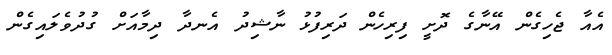
އެއާ ޖެހިގެން އޭނާގެ ދޮށީ ފިރިހެން ދަރިފުޅު ނާޝިދު އެނދާ ދިމާއަށް ގުދުވެލައިގެން